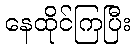
နေထိုင်ကြပြီး